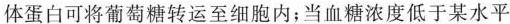
体蛋白可将葡萄糖转运至细胞内；当血糖浓度低于某水平